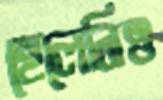
হেলেনিও